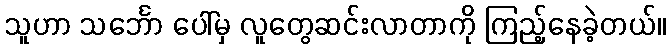
သူဟာ သင်္ဘော ပေါ်မှ လူတွေဆင်းလာတာကို ကြည့်နေခဲ့တယ်။